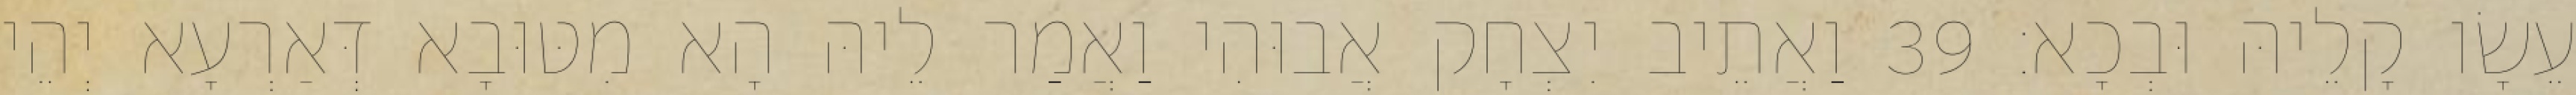
עֵשָׂו קָלֵיהּ וּבְכָא׃ 39 וַאֲתֵיב יִצְחָק אֲבוּהִי וַאֲמַר לֵיהּ הָא מִטּוּבָא דְּאַרְעָא יְהֵי